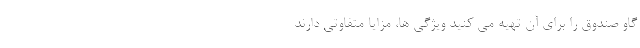
گاو صندوق را برای آن تهیه می ­کنید ویژگی­ ها، مزایا متفاوتی دارند